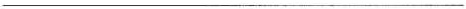
___